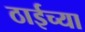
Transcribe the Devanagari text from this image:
ठाईच्या